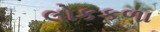
લોકકળા